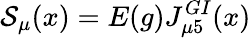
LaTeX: {\cal S}_{\mu}(x)=E(g)J_{\mu 5}^{GI}(x)